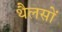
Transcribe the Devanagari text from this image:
थैलसों